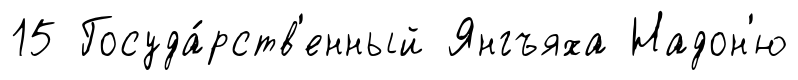
15 Госуда́рств'енный Янгъяха Надон'ю